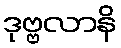
ဒုဗ္ဗလာနိ